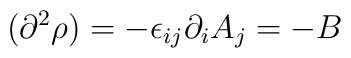
(\partial^{2}\rho) = -\epsilon_{ij}\partial_{i}A_{j} = - B